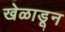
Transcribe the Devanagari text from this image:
खेळाडून